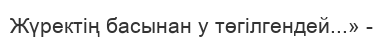
Жүректің басынан у төгілгендей...» -